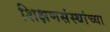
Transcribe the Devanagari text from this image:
शिक्षणसंस्थांच्या